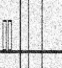
١٣